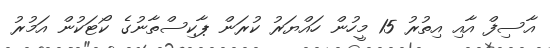
އާސިފް އާއި އިތުރު 15 މީހުން ހައްޔަރު ކުރަން ޕާކިސްތާނުގެ ކޯޓަކުން އަމުރު